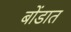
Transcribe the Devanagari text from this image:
बोंडात